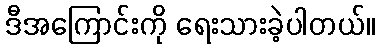
ဒီအကြောင်းကို ရေးသားခဲ့ပါတယ်။